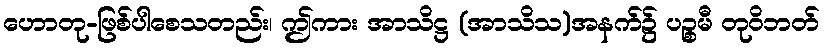
ဟောတု-ဖြစ်ပါစေသတည်း၊ ဤကား အာသိဋ္ဌ (အာသိသ)အနက်၌ ပဉ္စမီ တုဝိဘတ်